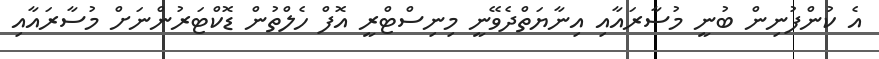
އެ ކުންފުނިން ބުނީ މުސާރައާއި އިނާޔަތްދެވޭނީ މިނިސްޓްރީ އޮފް ހެލްތުން ޑޮކްޓަރުންނަށް މުސާރައާއި